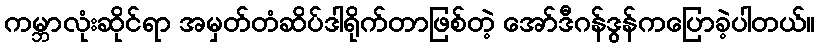
ကမ္ဘာလုံးဆိုင်ရာ အမှတ်တံဆိပ်ဒါရိုက်တာဖြစ်တဲ့ အော်ဒီဂန်ဒွန်ကပြောခဲ့ပါတယ်။